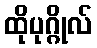
ထိုပုဂ္ဂိုလ်